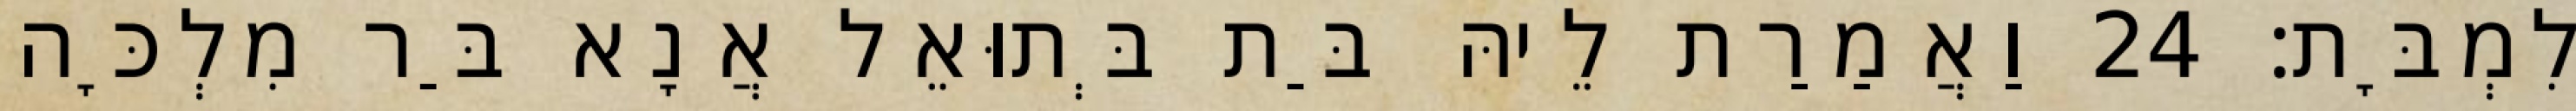
לִמְבָּת׃ 24 וַאֲמַרַת לֵיהּ בַּת בְּתוּאֵל אֲנָא בַּר מִלְכָּה